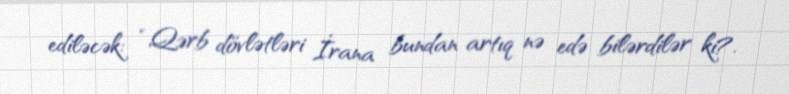
ediləcək: “Qərb dövlətləri İrana bundan artıq nə edə bilərdilər ki?.